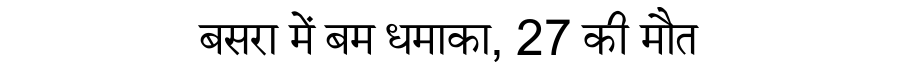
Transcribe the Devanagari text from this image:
बसरा में बम धमाका, 27 की मौत